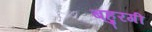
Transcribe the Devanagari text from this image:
बहुरगी